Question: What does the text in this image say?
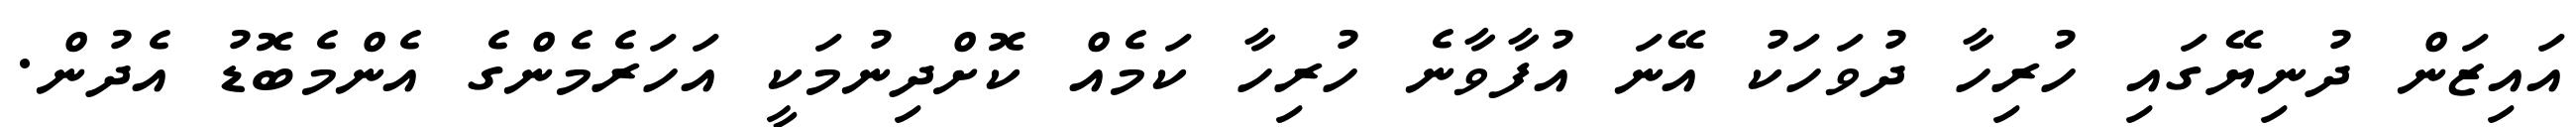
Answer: އައިޒަން ދުނިޔޭގައި ހުރިހާ ދުވަހަކު އޭނަ އުފާވާނެ ހުރިހާ ކަމެއް ކޮށްދިނުމަކީ އަހަރެމެންގެ އެންމެބޮޑު އެދުން.